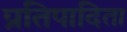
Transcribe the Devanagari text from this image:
प्रतिपादिता